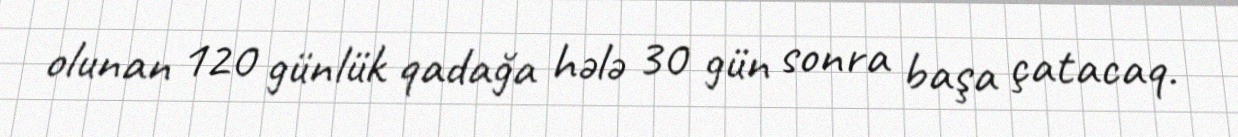
olunan 120 günlük qadağa hələ 30 gün sonra başa çatacaq.